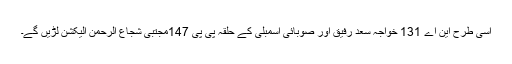
اسی طرح این اے 131 خواجہ سعد رفیق اور صوبائی اسمبلی کے حلقہ پی پی 147مجتبیٰ شجاع الرحمن الیکشن لڑیں گے۔